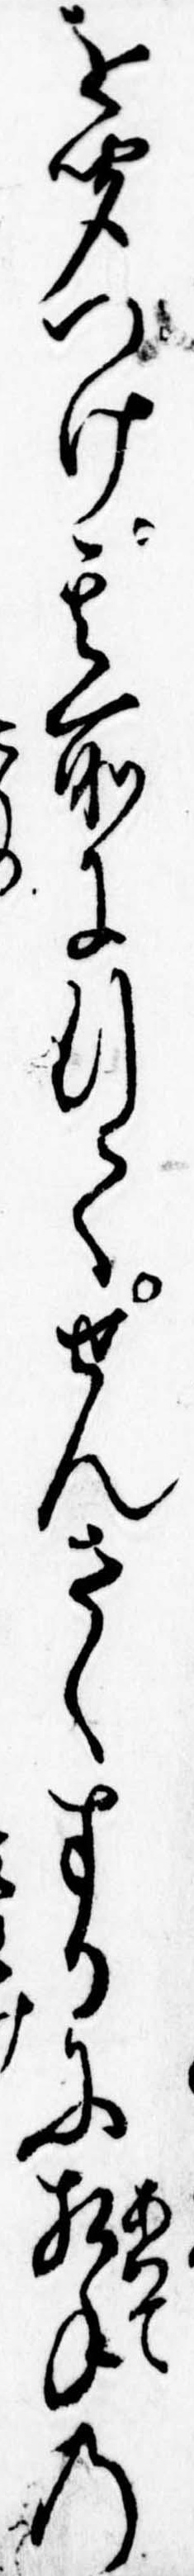
を聞つけ其所に行てせんさくするに相手の